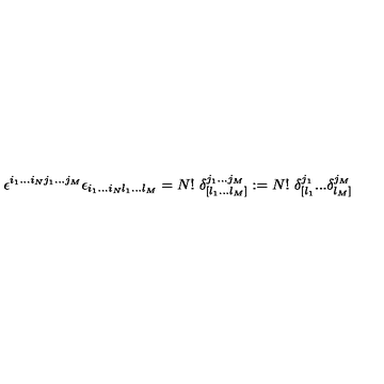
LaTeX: \epsilon ^ { i _ { 1 } . . . i _ { N } j _ { 1 } . . . j _ { M } } \epsilon _ { i _ { 1 } . . . i _ { N } l _ { 1 } . . . l _ { M } } = N ! \ \delta _ { [ l _ { 1 } . . . l _ { M } ] } ^ { j _ { 1 } . . . j _ { M } } : = N ! \ \delta _ { [ l _ { 1 } } ^ { j _ { 1 } } . . . \delta _ { l _ { M } ] } ^ { j _ { M } } \